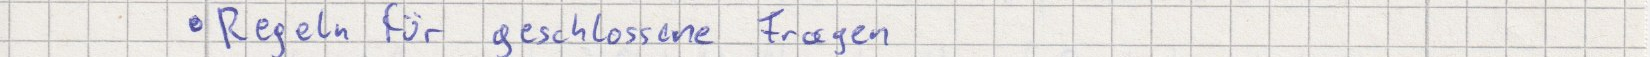
Regeln für geschlossene Fragen